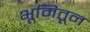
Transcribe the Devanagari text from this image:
भूमितून